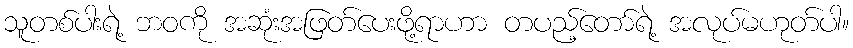
သူတစ်ပါးရဲ့ ဘဝကို အဆုံးအဖြတ်ပေးဖို့ရာဟာ တပည့်တော်ရဲ့ အလုပ်မဟုတ်ပါ။